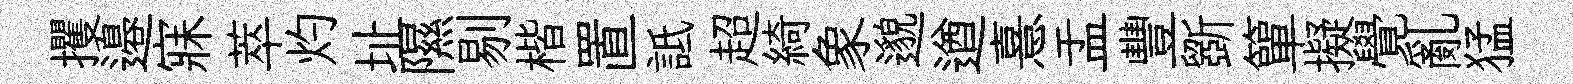
攫邉寐萃灼址隰剔楷置詆超綺象邈遒憙盂豐斵簞擬覺亂猛